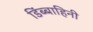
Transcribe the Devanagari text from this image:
डिंब्बाहिनी